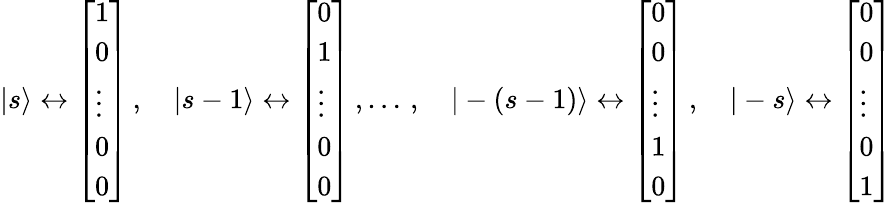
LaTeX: |s\rangle\leftrightarrow{\left[\begin{array}{l}{1}\\ {0}\\ {\vdots}\\ {0}\\ {0}\end{array}\right]}\, ,\quad|s-1\rangle\leftrightarrow{\left[\begin{array}{l}{0}\\ {1}\\ {\vdots}\\ {0}\\ {0}\end{array}\right]}\, ,\ldots\, ,\quad|-(s-1)\rangle\leftrightarrow{\left[\begin{array}{l}{0}\\ {0}\\ {\vdots}\\ {1}\\ {0}\end{array}\right]}\, ,\quad|-s\rangle\leftrightarrow{\left[\begin{array}{l}{0}\\ {0}\\ {\vdots}\\ {0}\\ {1}\end{array}\right]}